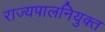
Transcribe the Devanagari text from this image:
राज्यपालनियुक्त